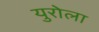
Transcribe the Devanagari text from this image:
युरोला